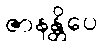
ဇာနန္တိပေ